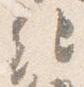
紀